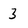
Character: 3